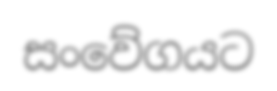
සංවේගයට